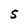
Character: S